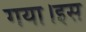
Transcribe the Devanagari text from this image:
गया।इस